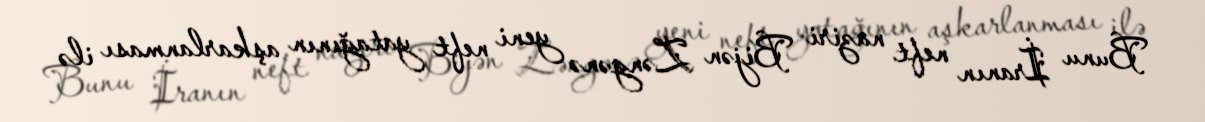
Bunu İranın neft naziri Bijən Zəngənə yeni neft yatağının aşkarlanması ilə